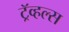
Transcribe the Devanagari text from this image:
ट्रॅव्हल्स